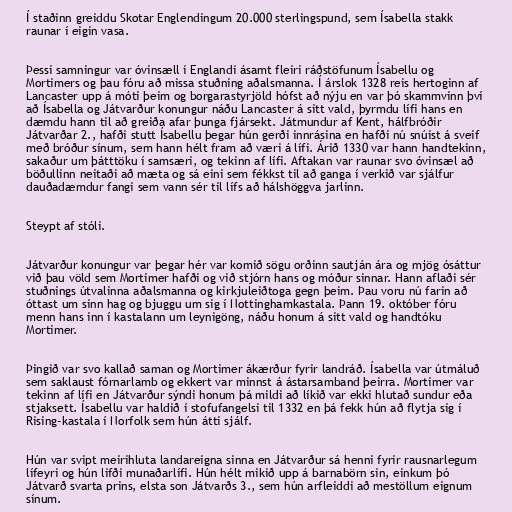
Í staðinn greiddu Skotar Englendingum 20.000 sterlingspund, sem Ísabella stakk
raunar í eigin vasa.

Þessi samningur var óvinsæll í Englandi ásamt fleiri ráðstöfunum Ísabellu og
Mortimers og þau fóru að missa stuðning aðalsmanna. Í árslok 1328 reis hertoginn af
Lancaster upp á móti þeim og borgarastyrjöld hófst að nýju en var þó skammvinn því
að Ísabella og Játvarður konungur náðu Lancaster á sitt vald, þyrmdu lífi hans en
dæmdu hann til að greiða afar þunga fjársekt. Játmundur af Kent, hálfbróðir
Játvarðar 2., hafði stutt Ísabellu þegar hún gerði innrásina en hafði nú snúist á sveif
með bróður sínum, sem hann hélt fram að væri á lífi. Árið 1330 var hann handtekinn,
sakaður um þátttöku í samsæri, og tekinn af lífi. Aftakan var raunar svo óvinsæl að
böðullinn neitaði að mæta og sá eini sem fékkst til að ganga í verkið var sjálfur
dauðadæmdur fangi sem vann sér til lífs að hálshöggva jarlinn.

Steypt af stóli.

Játvarður konungur var þegar hér var komið sögu orðinn sautján ára og mjög ósáttur
við þau völd sem Mortimer hafði og við stjórn hans og móður sinnar. Hann aflaði sér
stuðnings útvalinna aðalsmanna og kirkjuleiðtoga gegn þeim. Þau voru nú farin að
óttast um sinn hag og bjuggu um sig í Nottinghamkastala. Þann 19. október fóru
menn hans inn í kastalann um leynigöng, náðu honum á sitt vald og handtóku
Mortimer.

Þingið var svo kallað saman og Mortimer ákærður fyrir landráð. Ísabella var útmáluð
sem saklaust fórnarlamb og ekkert var minnst á ástarsamband þeirra. Mortimer var
tekinn af lífi en Játvarður sýndi honum þá mildi að líkið var ekki hlutað sundur eða
stjaksett. Ísabellu var haldið í stofufangelsi til 1332 en þá fekk hún að flytja sig í
Rising-kastala í Norfolk sem hún átti sjálf.

Hún var svipt meirihluta landareigna sinna en Játvarður sá henni fyrir rausnarlegum
lífeyri og hún lifði munaðarlífi. Hún hélt mikið upp á barnabörn sin, einkum þó
Játvarð svarta prins, elsta son Játvarðs 3., sem hún arfleiddi að mestöllum eignum
sínum.